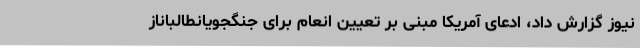
نیوز گزارش داد، ادعای آمریکا مبنی بر تعیین انعام برای جنگجویانطالباناز